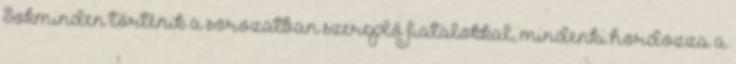
Sokminden történik a sorozatban szereplő fiatalokkal, mindenki hordozza a